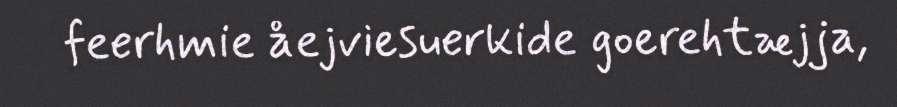
feerhmie åejviesuerkide goerehtæjja,